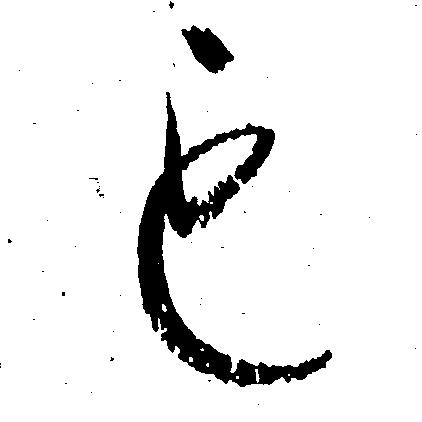
も